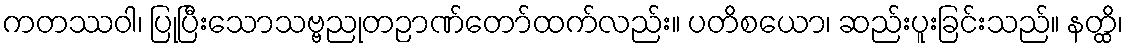
ကတဿဝါ၊ ပြုပြီးသောသဗ္ဗညုတဉာဏ်တော်ထက်လည်း။ ပတိစယော၊ ဆည်းပူးခြင်းသည်။ နတ္ထိ၊